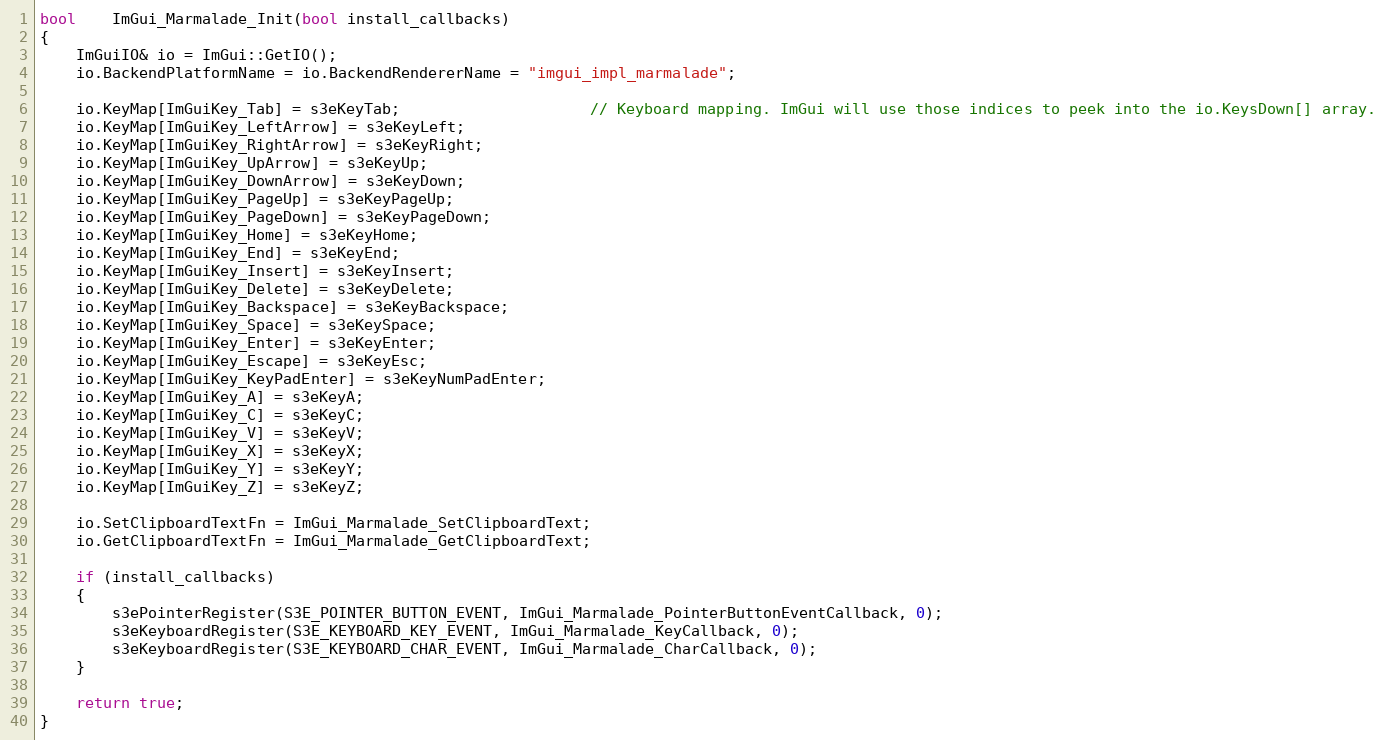
Language: C++
bool    ImGui_Marmalade_Init(bool install_callbacks)
{
    ImGuiIO& io = ImGui::GetIO();
    io.BackendPlatformName = io.BackendRendererName = "imgui_impl_marmalade";

    io.KeyMap[ImGuiKey_Tab] = s3eKeyTab;                     // Keyboard mapping. ImGui will use those indices to peek into the io.KeysDown[] array.
    io.KeyMap[ImGuiKey_LeftArrow] = s3eKeyLeft;
    io.KeyMap[ImGuiKey_RightArrow] = s3eKeyRight;
    io.KeyMap[ImGuiKey_UpArrow] = s3eKeyUp;
    io.KeyMap[ImGuiKey_DownArrow] = s3eKeyDown;
    io.KeyMap[ImGuiKey_PageUp] = s3eKeyPageUp;
    io.KeyMap[ImGuiKey_PageDown] = s3eKeyPageDown;
    io.KeyMap[ImGuiKey_Home] = s3eKeyHome;
    io.KeyMap[ImGuiKey_End] = s3eKeyEnd;
    io.KeyMap[ImGuiKey_Insert] = s3eKeyInsert;
    io.KeyMap[ImGuiKey_Delete] = s3eKeyDelete;
    io.KeyMap[ImGuiKey_Backspace] = s3eKeyBackspace;
    io.KeyMap[ImGuiKey_Space] = s3eKeySpace;
    io.KeyMap[ImGuiKey_Enter] = s3eKeyEnter;
    io.KeyMap[ImGuiKey_Escape] = s3eKeyEsc;
    io.KeyMap[ImGuiKey_KeyPadEnter] = s3eKeyNumPadEnter;
    io.KeyMap[ImGuiKey_A] = s3eKeyA;
    io.KeyMap[ImGuiKey_C] = s3eKeyC;
    io.KeyMap[ImGuiKey_V] = s3eKeyV;
    io.KeyMap[ImGuiKey_X] = s3eKeyX;
    io.KeyMap[ImGuiKey_Y] = s3eKeyY;
    io.KeyMap[ImGuiKey_Z] = s3eKeyZ;

    io.SetClipboardTextFn = ImGui_Marmalade_SetClipboardText;
    io.GetClipboardTextFn = ImGui_Marmalade_GetClipboardText;

    if (install_callbacks)
    {
        s3ePointerRegister(S3E_POINTER_BUTTON_EVENT, ImGui_Marmalade_PointerButtonEventCallback, 0);
        s3eKeyboardRegister(S3E_KEYBOARD_KEY_EVENT, ImGui_Marmalade_KeyCallback, 0);
        s3eKeyboardRegister(S3E_KEYBOARD_CHAR_EVENT, ImGui_Marmalade_CharCallback, 0);
    }

    return true;
}